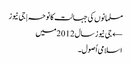
مسلمانوں کی جہالت کا نوحہ | جی نیوز
← جی نیوز سال 2012میں
اسلامی اُصول۔